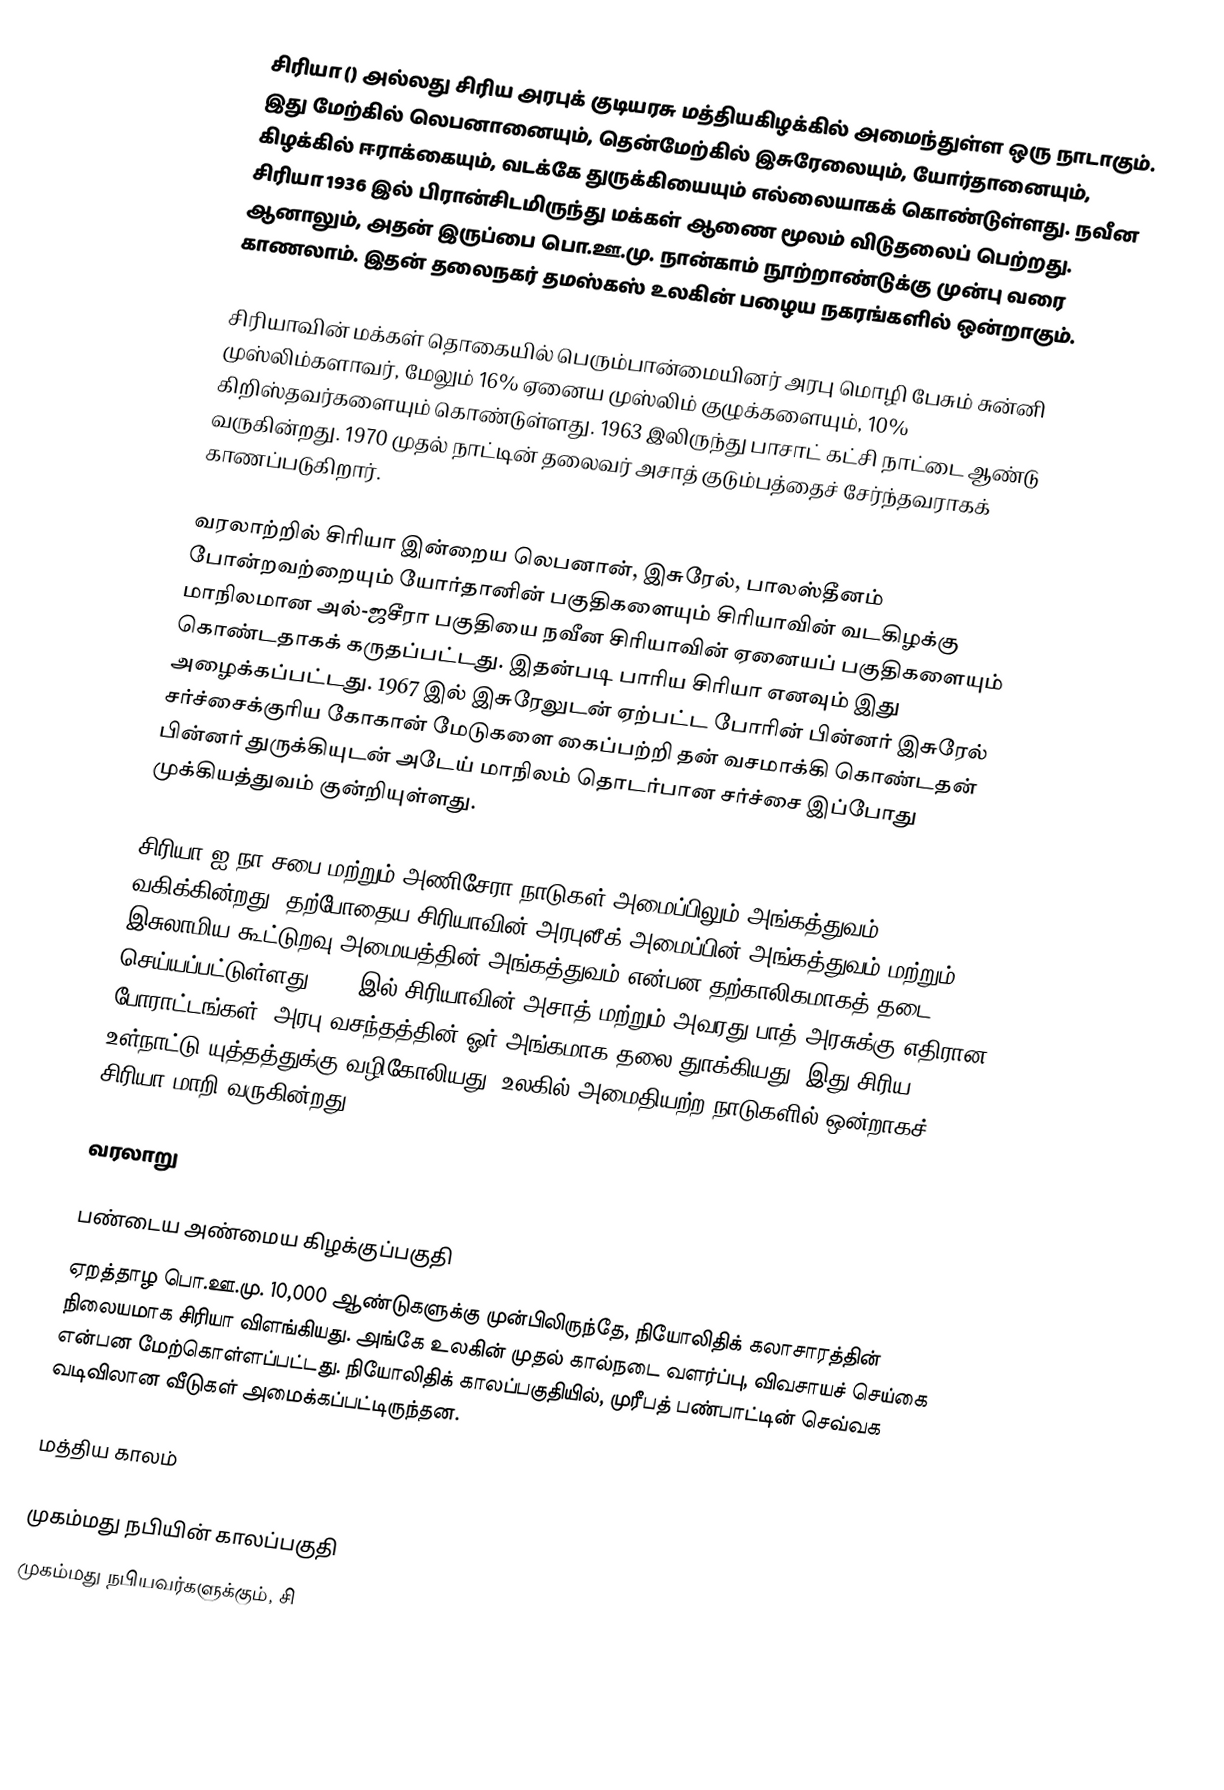
சிரியா () அல்லது சிரிய அரபுக் குடியரசு மத்தியகிழக்கில் அமைந்துள்ள ஒரு நாடாகும். இது மேற்கில் லெபனானையும், தென்மேற்கில் இசுரேலையும், யோர்தானையும், கிழக்கில் ஈராக்கையும், வடக்கே துருக்கியையும் எல்லையாகக் கொண்டுள்ளது. நவீன சிரியா 1936 இல் பிரான்சிடமிருந்து மக்கள் ஆணை மூலம் விடுதலைப் பெற்றது. ஆனாலும், அதன் இருப்பை பொ.ஊ.மு. நான்காம் நூற்றாண்டுக்கு முன்பு வரை காணலாம். இதன் தலைநகர் தமஸ்கஸ் உலகின் பழைய நகரங்களில் ஒன்றாகும்.

சிரியாவின் மக்கள் தொகையில் பெரும்பான்மையினர் அரபு மொழி பேசும் சுன்னி முஸ்லிம்களாவர், மேலும் 16% ஏனைய முஸ்லிம் குழுக்களையும், 10% கிறிஸ்தவர்களையும் கொண்டுள்ளது. 1963 இலிருந்து பாசாட் கட்சி நாட்டை ஆண்டு வருகின்றது. 1970 முதல் நாட்டின் தலைவர் அசாத் குடும்பத்தைச் சேர்ந்தவராகக் காணப்படுகிறார்.

வரலாற்றில் சிரியா இன்றைய லெபனான், இசுரேல், பாலஸ்தீனம் போன்றவற்றையும் யோர்தானின் பகுதிகளையும் சிரியாவின் வடகிழக்கு மாநிலமான அல்-ஜசீரா பகுதியை நவீன சிரியாவின் ஏனையப் பகுதிகளையும் கொண்டதாகக் கருதப்பட்டது. இதன்படி பாரிய சிரியா எனவும் இது அழைக்கப்பட்டது. 1967 இல் இசுரேலுடன் ஏற்பட்ட போரின் பின்னர் இசுரேல் சர்ச்சைக்குரிய கோகான் மேடுகளை கைப்பற்றி தன் வசமாக்கி கொண்டதன் பின்னர் துருக்கியுடன் அடேய் மாநிலம் தொடர்பான சர்ச்சை இப்போது முக்கியத்துவம் குன்றியுள்ளது.

சிரியா ஐ.நா சபை மற்றும் அணிசேரா நாடுகள் அமைப்பிலும் அங்கத்துவம் வகிக்கின்றது. தற்போதைய சிரியாவின் அரபுலீக் அமைப்பின் அங்கத்துவம் மற்றும் இசுலாமிய கூட்டுறவு அமையத்தின் அங்கத்துவம் என்பன தற்காலிகமாகத் தடை செய்யப்பட்டுள்ளது. 2011இல் சிரியாவின் அசாத் மற்றும் அவரது பாத் அரசுக்கு எதிரான போராட்டங்கள், அரபு வசந்தத்தின் ஓர் அங்கமாக தலை துாக்கியது. இது சிரிய உள்நாட்டு யுத்தத்துக்கு வழிகோலியது. உலகில் அமைதியற்ற நாடுகளில் ஒன்றாகச் சிரியா மாறி வருகின்றது.

வரலாறு

பண்டைய அண்மைய கிழக்குப்பகுதி
ஏறத்தாழ பொ.ஊ.மு. 10,000 ஆண்டுகளுக்கு முன்பிலிருந்தே, நியோலிதிக் கலாசாரத்தின் நிலையமாக சிரியா விளங்கியது. அங்கே உலகின் முதல் கால்நடை வளர்ப்பு, விவசாயச் செய்கை என்பன மேற்கொள்ளப்பட்டது. நியோலிதிக் காலப்பகுதியில், முரீபத் பண்பாட்டின் செவ்வக வடிவிலான வீடுகள் அமைக்கப்பட்டிருந்தன.

மத்திய காலம்

முகம்மது நபியின் காலப்பகுதி
முகம்மது நபியவர்களுக்கும், சி